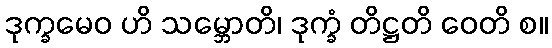
ဒုက္ခမေဝ ဟိ သမ္ဘောတိ၊ ဒုက္ခံ တိဋ္ဌတိ ဝေတိ စ။